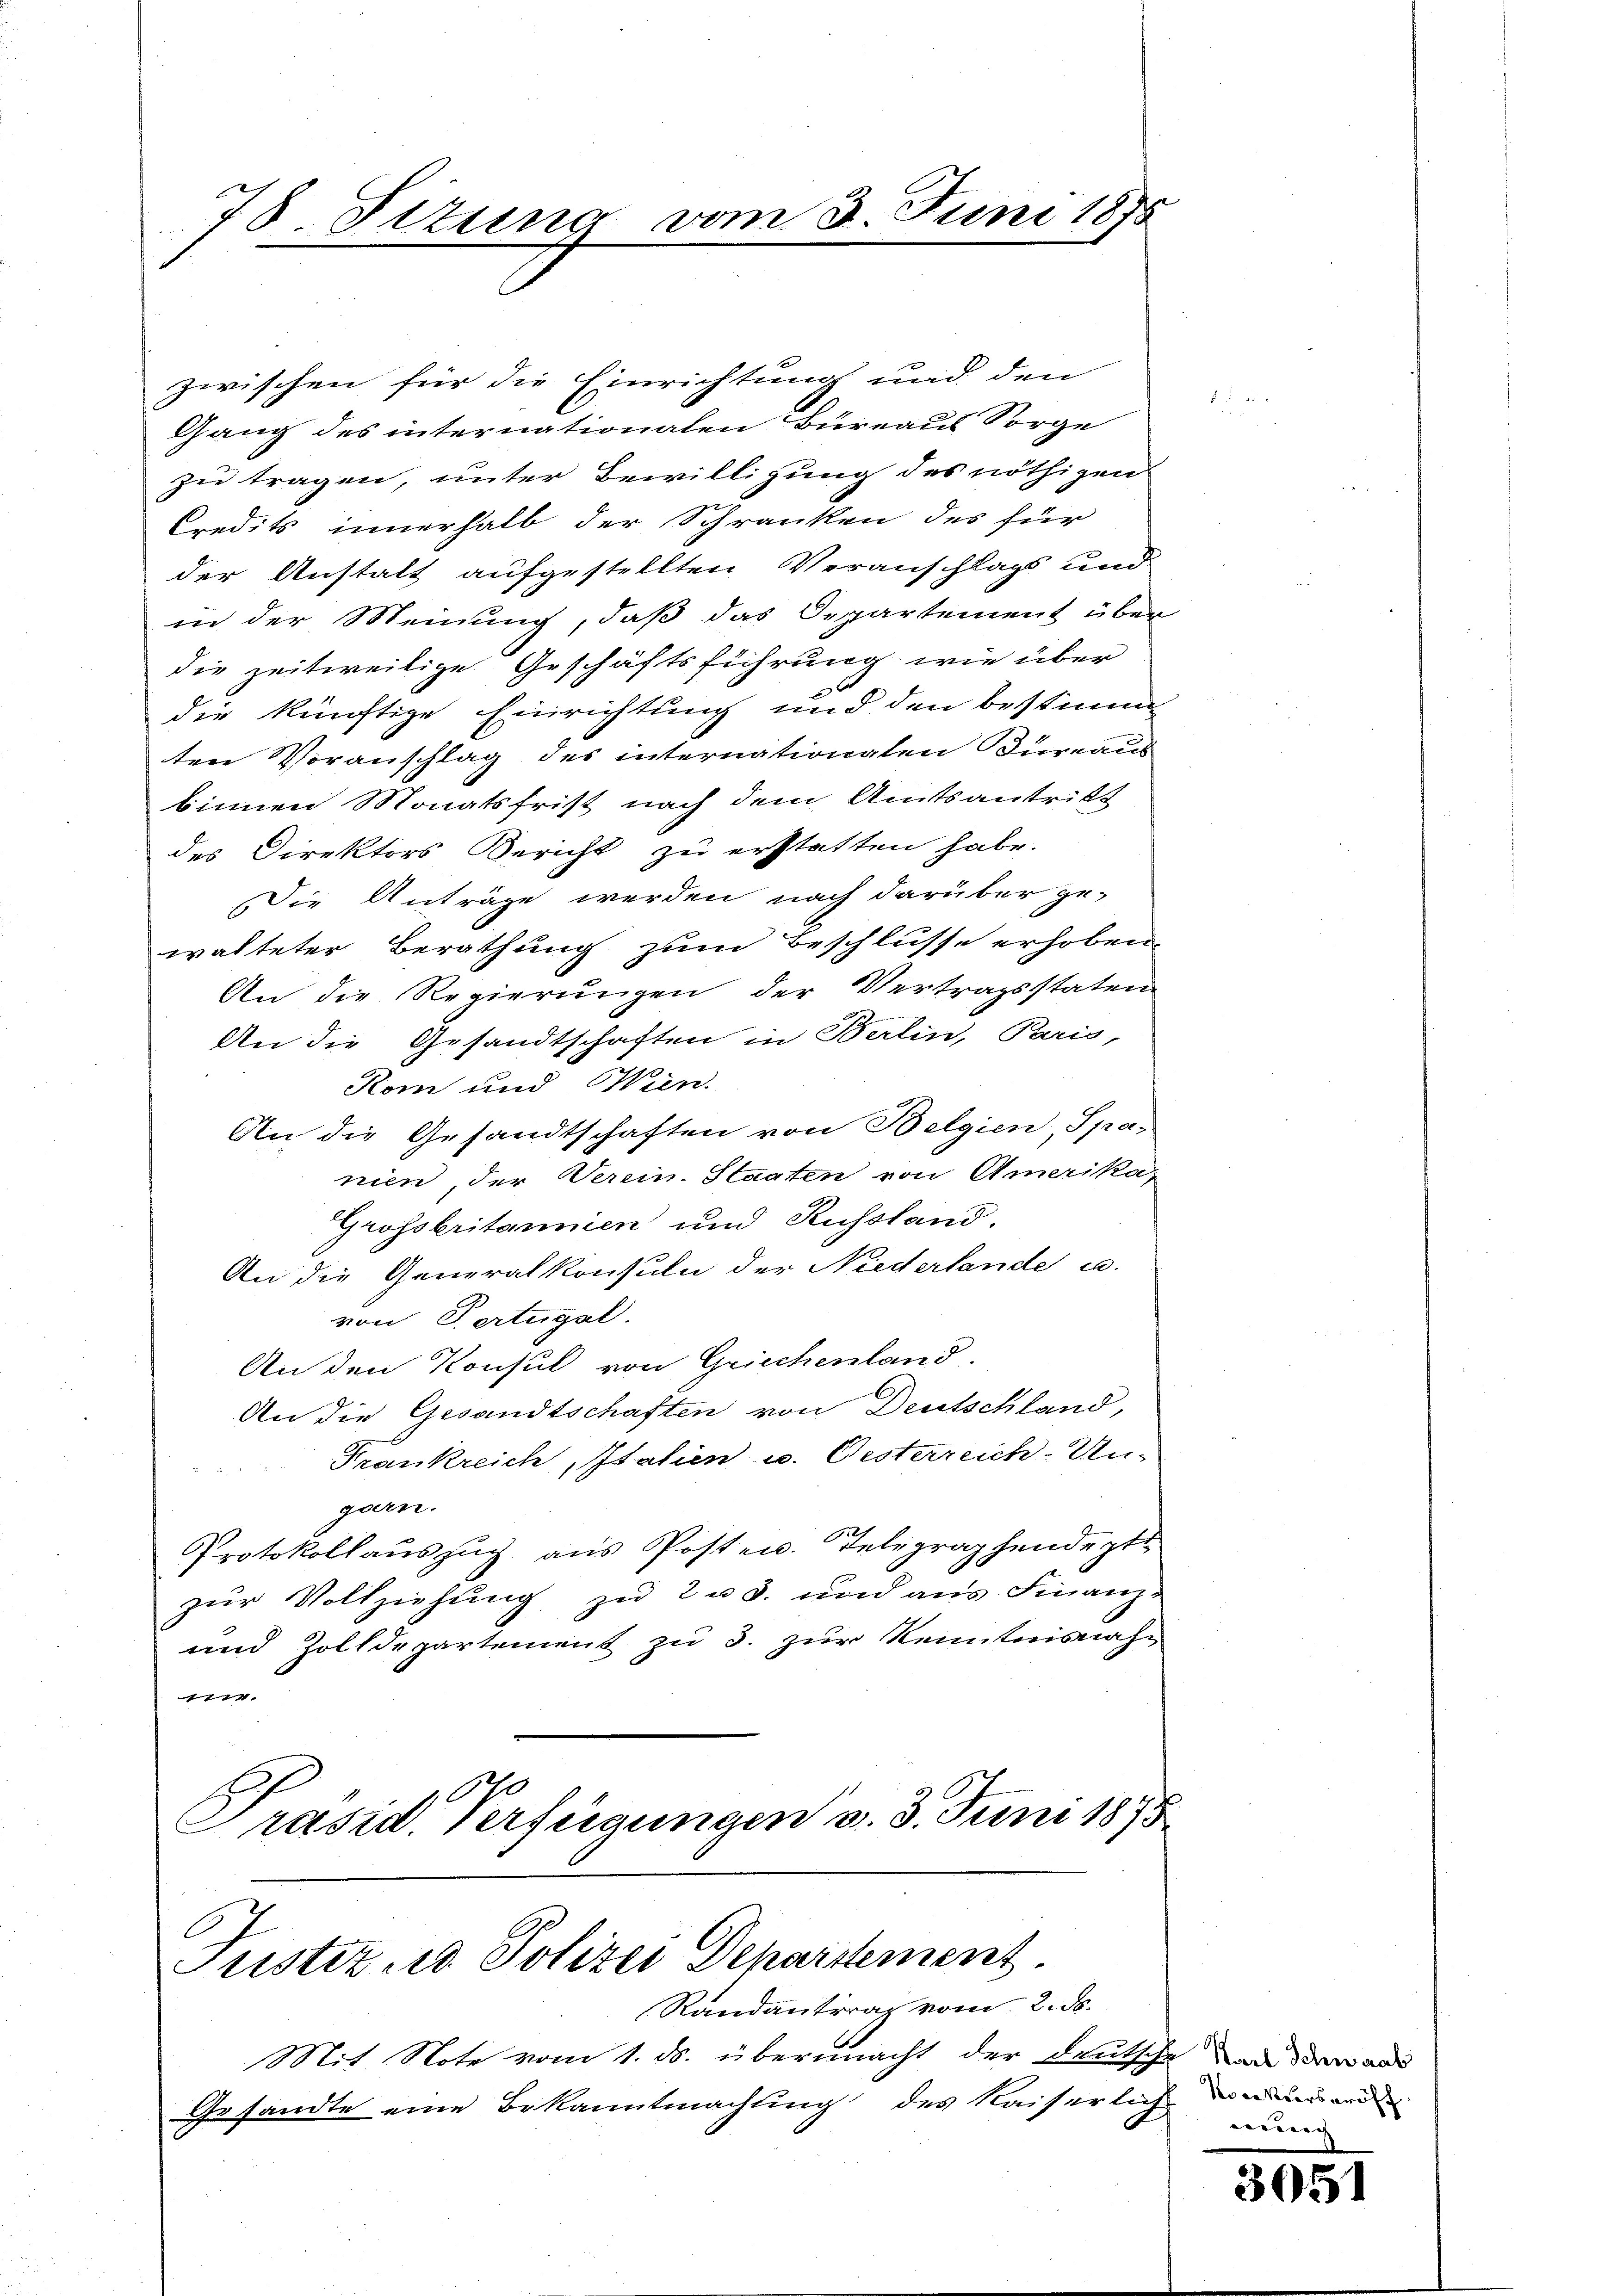
78 Titung vom 3. Juni 1875

C
Justiz- & Polizei Departement
Randantrag vom 2. ds.

zwischen für die Einrichtung und den
Gang des internationalen Bureaus Sorge
zu tragen, unter Bewilligung des nöthigen
Credits innerhalb der Schranken des für
der Anstalt aufgestellten Veranschlags und
in der Meinung, daß das Departement über
die zeitweilige Geschäftsführung wie über
die künftige Einrichtung und den bestimm
ten Voranschlag des internationaten Türeaus
binnen Monatsfrist nach dem Amtsantritt
des Direktors Bericht zu erstatten habe.
Die Anträge werden nach darüber ge-
walteter Berathung zum Beschlusse erhoben.
An die Regierungen der Vertragsstaten
An die Gesandtschaften in Berlin, Paris,
Kom und Wien.
An die Gesandtschaften von Belgien, Spa-
nien, der Verein. Staaten von Amerika
Grossbritannien und Russland.
An die Generalkonsuln der Niederlande u.
von Portugal.
An den Konsul von Griechenland.
An die Gesandtschaften von Deutschland,
Frankreich, Italien u. Oesterreich-Ungarn.
Protokollauszug aus Posten. Telegraphendept
zur Vollziehung, zu 2 u 3. und aus Finanz-
und Zolldepartement zu 3. zur Kenntnisnah¬
4.
Präsid. Verfügungen v. 3. Juni 1875

Mit Note vom 1. ds. übermacht der Deuth-
Gesandte eine Bekanntmachung des Kaiserli

Karl Schwaab
Nockers eröff
hnung

305)